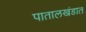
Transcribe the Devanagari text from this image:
पातालखंडात